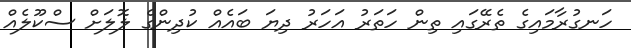
ހަނގުރާމައިގެ ތެރޭގައި ތިން ހަތަރު އަހަރު ދިޔަ ބައެއް ކުދިންގެ ލޮލަށް ސްކޫލެއް